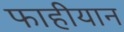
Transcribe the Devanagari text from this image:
फाहीयान